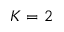
K = 2